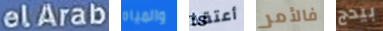
elArab والمياه أعتقد فالأمر بيدج